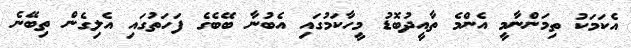
އެކަމަކު ތިމަންނާމީ އެންމެ ތާއީދުބޮޑު މީހާކަމުގައި އެބުނާ ބޭބެގެ ފަހަތުގައި އެލިގެން ތިބޭނެ